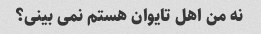
نه من اهل تایوان هستم نمی بینی؟